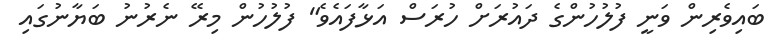
ބައިވެރިން ވަނީ ފުލުހުންގެ ދައުރަށް ހުރަސް އަޅާފައެވެ" ފުލުހުން މިރޭ ނެރުނު ބަޔާނުގައި